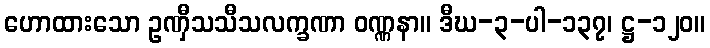
ဟောထားသော ဥဏှီသသီသလက္ခဏာ ဝဏ္ဏနာ။ ဒီဃ-၃-ပါ-၁၃၇၊ ဋ္ဌ-၁၂၀။